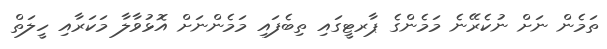
ތަމެން ނަށް ނުކެރޭނެ މަމެންގެ ޕާރޓީގައި ތިބެފައި މަމެންނަށް އޮޅުވާލާ މަކަރާއި ހީލަތް